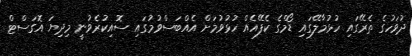
ދުވަހުގެ ތެރޭގައި ހުޅުމާލޭގައި ޑޯމްގެ ކެފޭއެއް ހުޅުވުމަށް އެއްބަސްވުމުގައި ސޮއިކުރެވުނީ މިދިޔަ އޮގަސްޓް